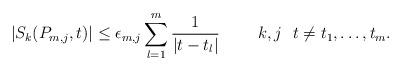
LaTeX: \begin{align*} |S_k(P_{m,j},t)|\leq\epsilon_{m,j}\sum_{l=1}^m\frac 1{|t-t_l|}\qquad\,\,k,j\,\,\,\,t\neq t_1,\ldots,t_m. \end{align*}